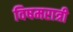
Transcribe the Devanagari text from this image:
विषमरात्री